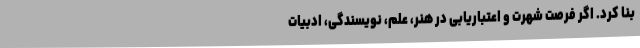
بنا کرد. اگر فرصت شهرت و اعتباریابی در هنر، علم، نویسندگی، ادبیات